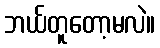
ဘယ်တူတော့မလဲ။